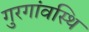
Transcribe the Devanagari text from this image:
गुरगांवस्थि